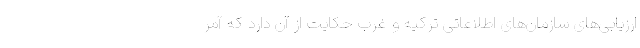
ارزیابی‌های سازمان‌های اطلاعاتی ترکیه و غرب حکایت از آن دارد که آمر